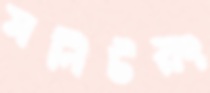
মনিটরং